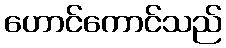
ဟောင်ကောင်သည်